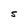
Character: S